system: You are a helpful assistant.
user:
Analyze the provided spectrum to determine if it is a **S-type Star**.

- **Key Indicators for S-type Star:**

    - **(Overall Spectrum Shape):** The first and most obvious characteristic is the overall continuum (the "baseline" shape). It is **extremely "red-sloping,"** meaning the flux (light intensity) is very low on the left side (blue, ~4000-4500 Å) and rises steeply and continuously toward the right side (red, ~7000 Å+).

    - **(Primary):** The spectrum is defined by the presence of strong, broad molecular absorption "valleys" (bands) from **Zirconium Oxide (ZrO)**. The identification of these bands is the **primary requirement** for classifying a star as S-type.
        - **(Key Bandheads):** You must find distinct, deep "dips" where the light has been absorbed. The most critical band systems to locate are:
            - **~6474 Å** ($\gamma$-system): This is often the strongest and clearest ZrO feature, found in the red part of the spectrum.
            - **~5718 Å** & **~5551 Å** ($\beta$-system): A pair of prominent absorption features in the yellow-orange part of the spectrum.
            - **~4640 Å** ($\alpha$-system): A key absorption band system in the blue-green region of the spectrum.

    - **(Secondary Confirmation):** The classification is strengthened by finding additional absorption bands from other related heavy element oxides, which are expected to be present alongside ZrO.
        - **(Key Bandheads):**
            - **Yttrium Oxide (YO):** Look for absorption dips near **~4800 Å** and **~6100 Å**.
            - **Lanthanum Oxide (LaO):** Additional absorption features, particularly in the red-orange part of the spectrum, are also characteristic.

    - **(Line Profile):** The combination of the steep red continuum and these numerous, deep molecular bands (ZrO, YO, etc.) gives the entire spectrum a very **"chopped-up"** or **"bumpy"** appearance. Instead of a smooth curve, the spectrum looks as though large, wide chunks of light have been "carved out" of it at the specific wavelengths listed above.

Think first, call **spectral_visualization_tool** if needed to examine features in detail, then provide your final answer. Your response must adhere to the following strict rules:
1.  **Overall Structure:** Your response must follow the format `<think>...</think> <tool_call>...</tool_call> (if a tool is used) <answer>...</answer>`.
2.  **Tool Usage Constraint:** You may only make **one** tool call per turn.
3.  **Final Answer Format:** In the `<answer>` tag, your conclusion must be inside a `\boxed{}` command (e.g., `\boxed{YES}` or `\boxed{NO}`), followed by your justification.

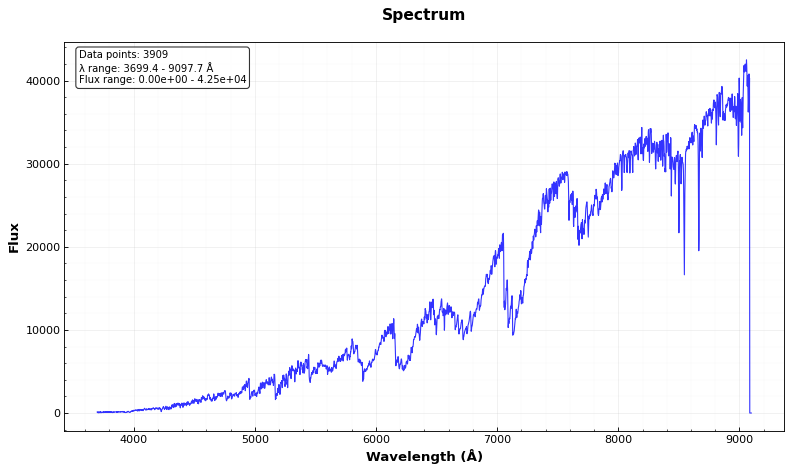
Answer: YES